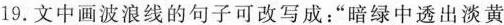
19.文中画波浪线的句子可改写成：”暗绿中透出淡黄